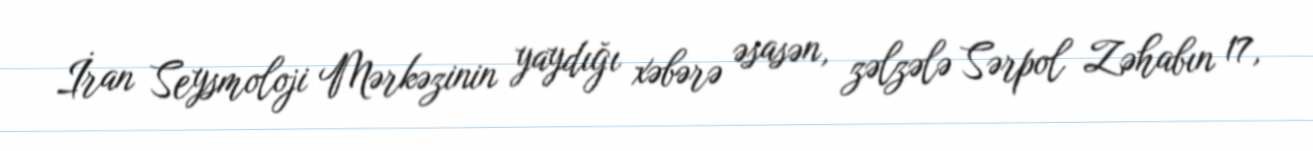
İran Seysmoloji Mərkəzinin yaydığı xəbərə əsasən, zəlzələ Sərpol Zəhabın 17,